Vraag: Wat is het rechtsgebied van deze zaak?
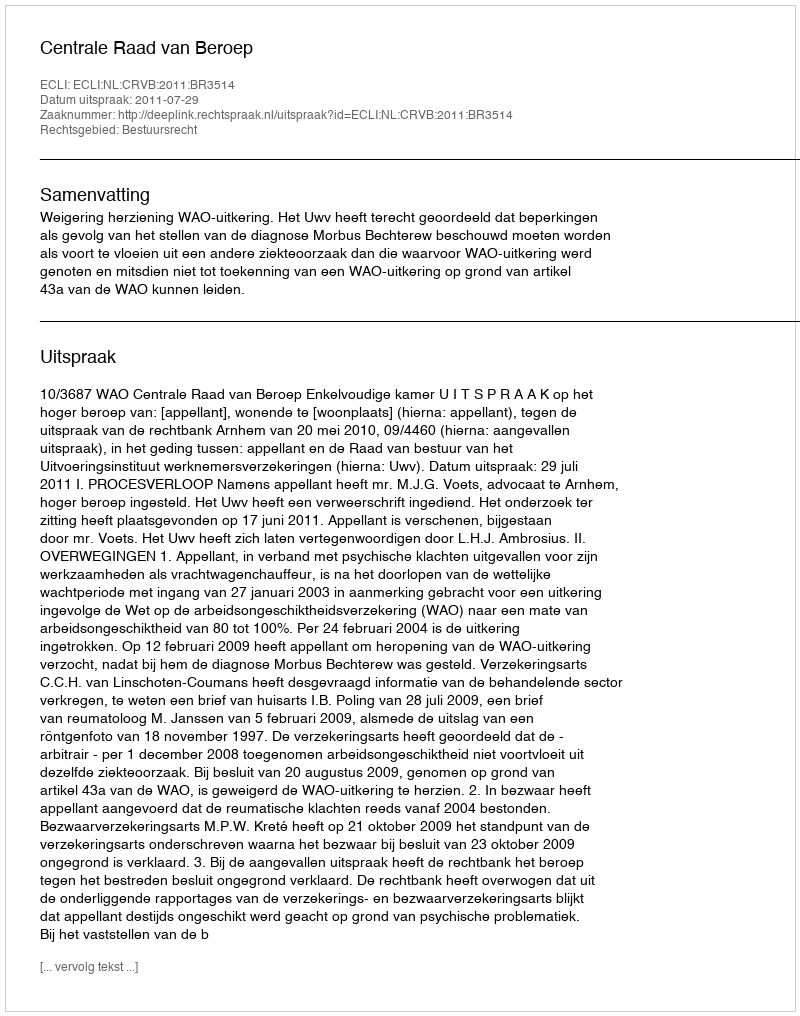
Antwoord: Bestuursrecht